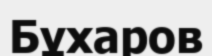
Бұхаров